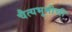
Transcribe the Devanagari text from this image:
चैत्यभूमीची